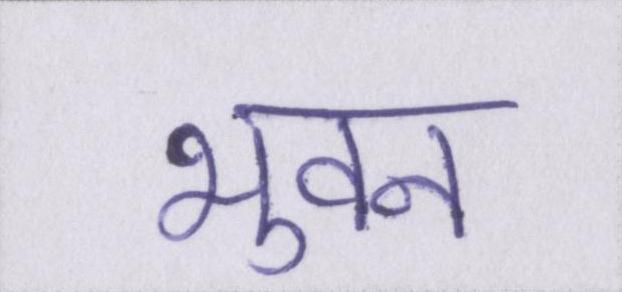
भुवन